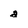
Character: a